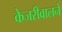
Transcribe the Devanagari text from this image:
केजरीवालने